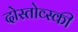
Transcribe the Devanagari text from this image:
दोस्तोव्स्की